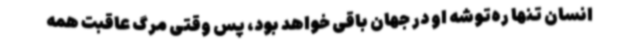
انسان تنها ره‌توشه او در جهان باقی خواهد بود، پس وقتی مرگ عاقبت همه